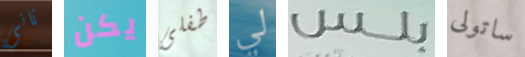
ثانى يكن طفلى لي بلس ساتولى